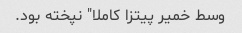
وسط خمیر پیتزا کاملا" نپخته بود.